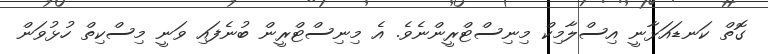
ގޮތް ކަނޑައަޅާނީ އިސްލާމިކް މިނިސްޓްރީންނެވެ. އެ މިނިސްޓްރީން ބުނެފައި ވަނީ މިސްކިތް ހުޅުވަން